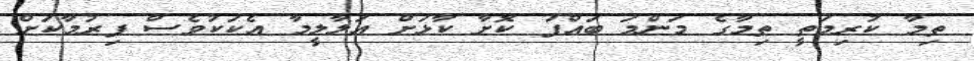
ތިމާ ކުރިމަތީ ތިމާގެ މަންމަ ބައްޕަ ކޮށާ ކާޅަށް އަލާލީމާ އެކަކުވެސް ފިރުމާކަށް